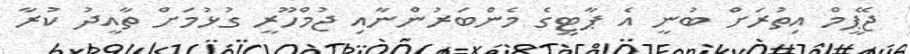
ޖޭޕީމް އިތުރަށް ބުނީ އެ ޕާޓީގެ މެންބަރުންނާއި ޖުމްހޫރީ ގުޅުމަށް ތާއީދު ކުރާ